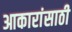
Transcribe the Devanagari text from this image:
आकारांसाठी